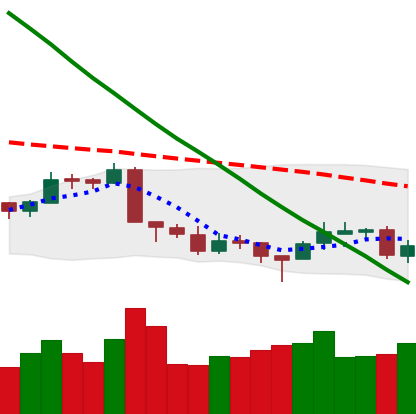
Ticker: LTC-USD
Chart end date: 2018-09-18
Forward return: 13.437%
Label: up_7plus